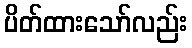
ပိတ်ထားသော်လည်း